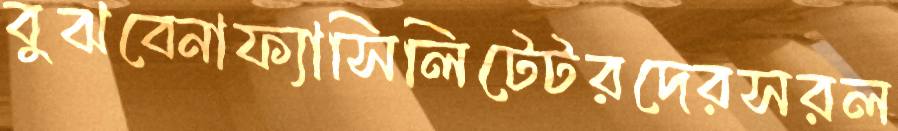
বুঝবেনাফ্যাসিলিটেটরদেরসরল